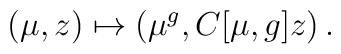
(\mu,z)\mapsto (\mu^g, C[\mu,g]z)\,.